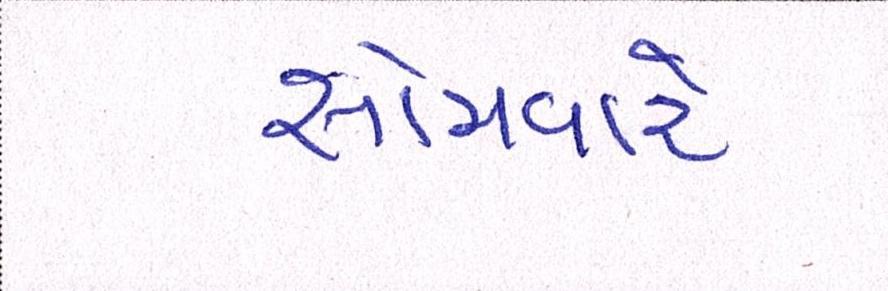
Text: સોમવારે